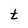
Character: t